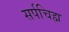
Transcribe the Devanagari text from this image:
सर्पचिह्म